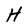
Character: H